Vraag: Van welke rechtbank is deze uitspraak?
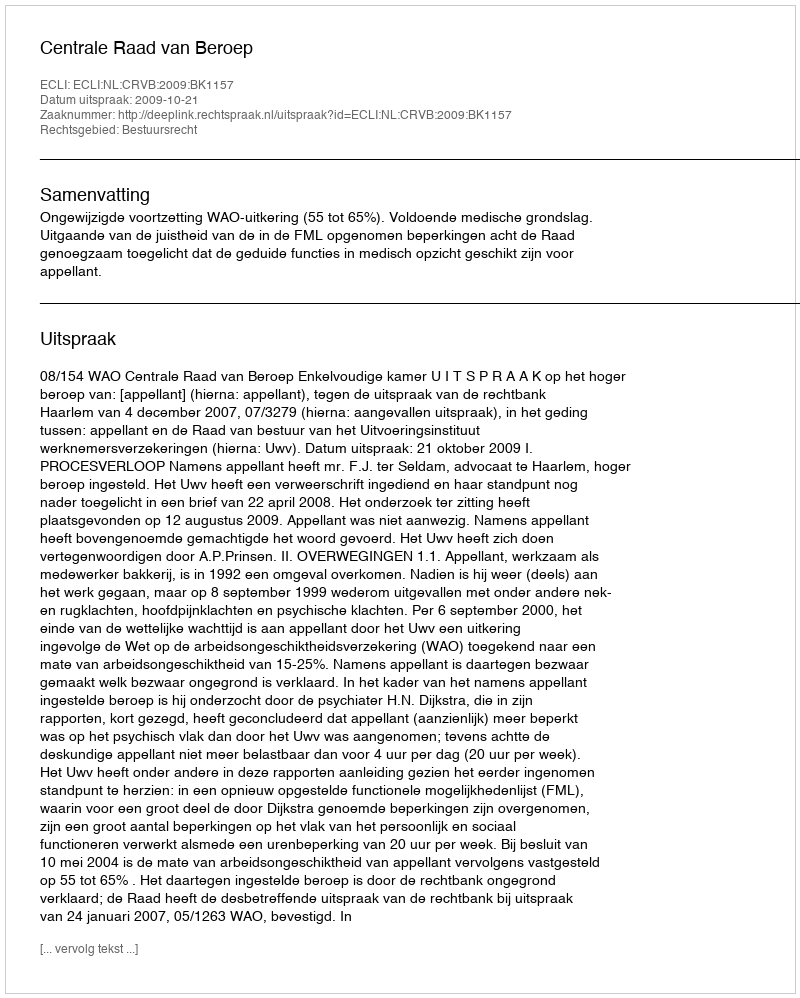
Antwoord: Centrale Raad van Beroep